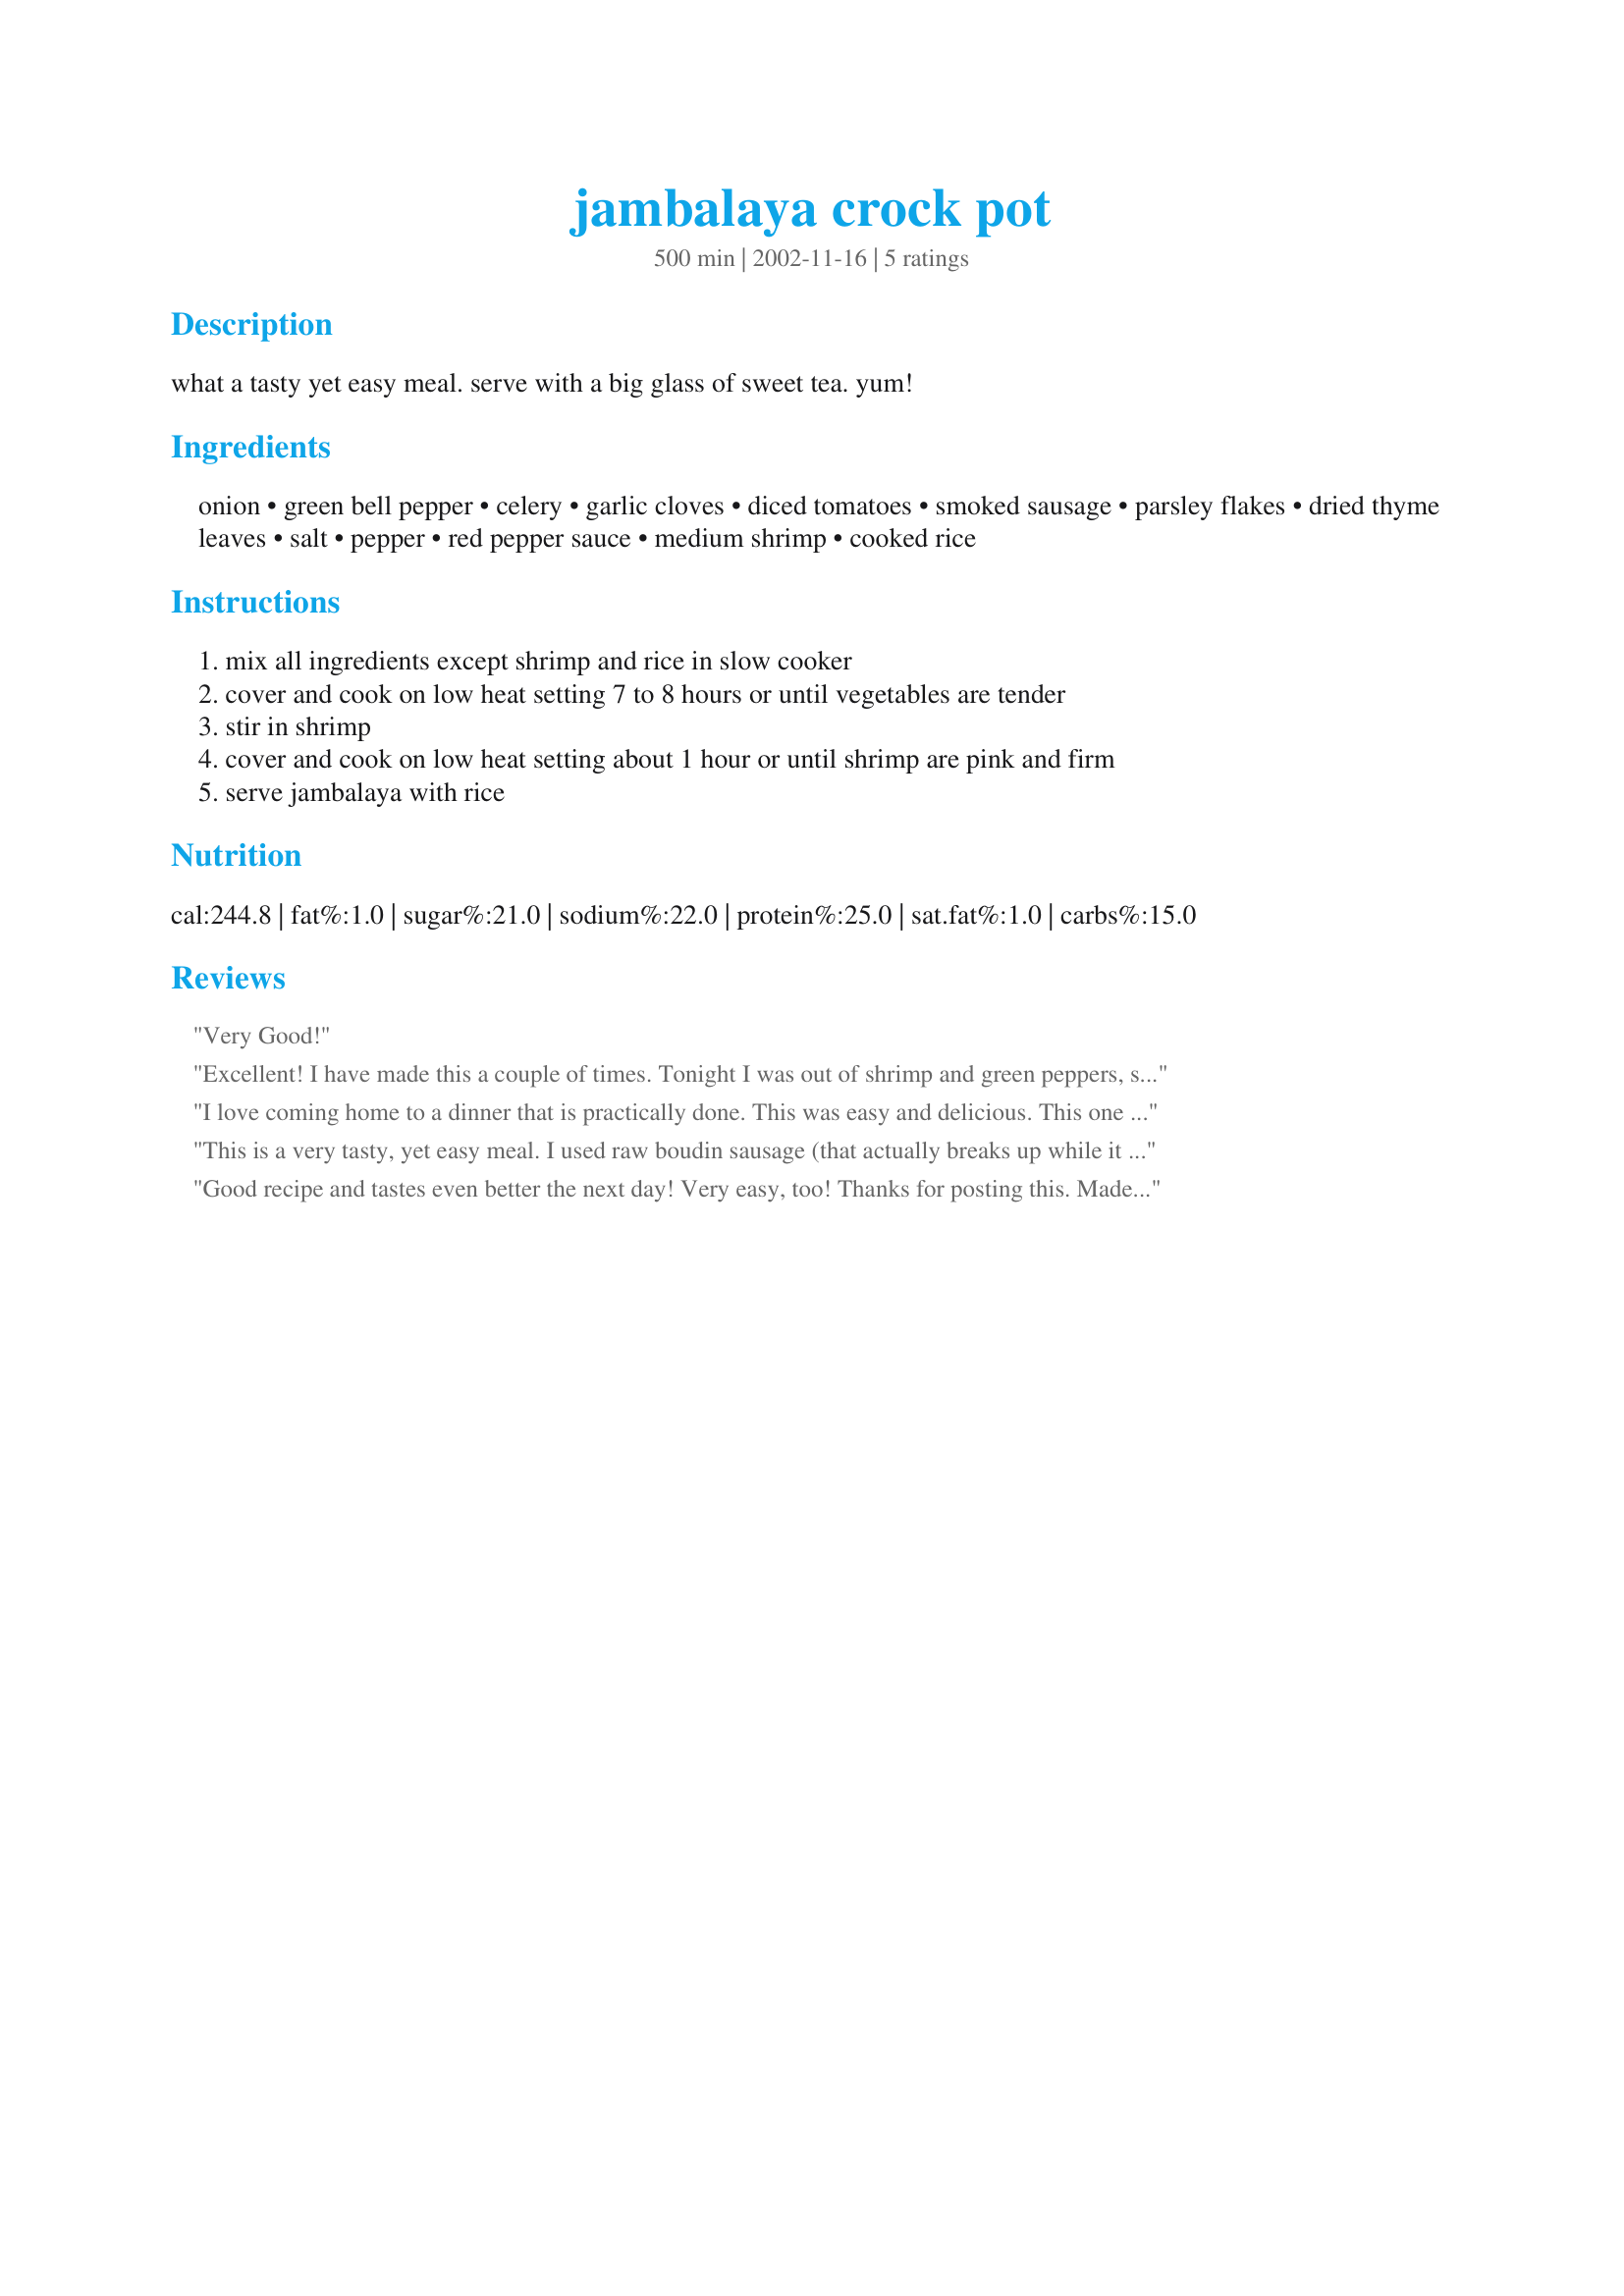
jambalaya crock pot
Preparation time: 500 minutes

what a tasty yet easy meal. serve with a big glass of sweet tea. yum!

Ingredients:
onion, green bell pepper, celery, garlic cloves, diced tomatoes, smoked sausage, parsley flakes, dried thyme leaves, salt, pepper, red pepper sauce, medium shrimp, cooked rice

Steps:
mix all ingredients except shrimp and rice in slow cooker
cover and cook on low heat setting 7 to 8 hours or until vegetables are tender
stir in shrimp
cover and cook on low heat setting about 1 hour or until shrimp are pink and firm
serve jambalaya with rice

Reviews:
Very Good!
Excellent! I have made this a couple of times. Tonight I was out of shrimp and green peppers, so I threw in some jalapenos instead and served over rice. Thanks for posting!
I love coming home to a dinner that is practically done. This was easy and delicious. This one is a keeper! The only thing I changed was adding extra red pepper sauce.
This is a very tasty, yet easy meal. I used raw boudin sausage (that actually breaks up while it cooks in the sauce) and diced chicken breast as well.
Good recipe and tastes even better the next day! Very easy, too! Thanks for posting this. Made for Zaar Chef Alphabet Soup Tag.
